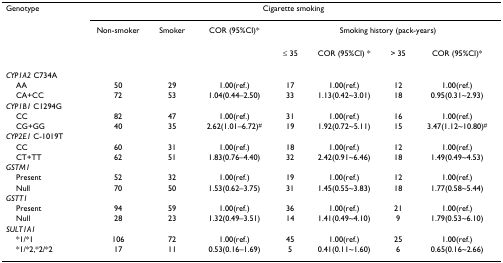
<table><thead><tr><td><b>Genotype</b></td><td colspan="7"><b>Cigarette smoking</b></td></tr><tr><td></td><td><b>Non-smoker</b></td><td><b>Smoker</b></td><td><b>COR (95%CI)*</b></td><td colspan="4"><b>Smoking history (pack-years)</b></td></tr><tr><td></td><td></td><td></td><td></td><td><b>≤ 35</b></td><td><b>COR (95%CI) *</b></td><td><b>&gt; 35</b></td><td><b>COR (95%CI)*</b></td></tr></thead><tbody><tr><td><i>CYP1A2 </i>C734A</td><td></td><td></td><td></td><td></td><td></td><td></td><td></td></tr><tr><td> AA</td><td>50</td><td>29</td><td>1.00(ref.)</td><td>17</td><td>1.00(ref.)</td><td>12</td><td>1.00(ref.)</td></tr><tr><td> CA+CC</td><td>72</td><td>53</td><td>1.04(0.44–2.50)</td><td>33</td><td>1.13(0.42~3.01)</td><td>18</td><td>0.95(0.31~2.93)</td></tr><tr><td><i>CYP1B1 </i>C1294G</td><td></td><td></td><td></td><td></td><td></td><td></td><td></td></tr><tr><td> CC</td><td>82</td><td>47</td><td>1.00(ref.)</td><td>31</td><td>1.00(ref.)</td><td>16</td><td>1.00(ref.)</td></tr><tr><td> CG+GG</td><td>40</td><td>35</td><td>2.62(1.01–6.72)<sup>#</sup></td><td>19</td><td>1.92(0.72~5.11)</td><td>15</td><td>3.47(1.12~10.80)<sup>#</sup></td></tr><tr><td><i>CYP2E1 </i>C-1019T</td><td></td><td></td><td></td><td></td><td></td><td></td><td></td></tr><tr><td> CC</td><td>60</td><td>31</td><td>1.00(ref.)</td><td>18</td><td>1.00(ref.)</td><td>12</td><td>1.00(ref.)</td></tr><tr><td> CT+TT</td><td>62</td><td>51</td><td>1.83(0.76–4.40)</td><td>32</td><td>2.42(0.91~6.46)</td><td>18</td><td>1.49(0.49~4.53)</td></tr><tr><td><i>GSTM1</i></td><td></td><td></td><td></td><td></td><td></td><td></td><td></td></tr><tr><td> Present</td><td>52</td><td>32</td><td>1.00(ref.)</td><td>19</td><td>1.00(ref.)</td><td>12</td><td>1.00(ref.)</td></tr><tr><td> Null</td><td>70</td><td>50</td><td>1.53(0.62–3.75)</td><td>31</td><td>1.45(0.55~3.83)</td><td>18</td><td>1.77(0.58~5.44)</td></tr><tr><td><i>GSTT1</i></td><td></td><td></td><td></td><td></td><td></td><td></td><td></td></tr><tr><td> Present</td><td>94</td><td>59</td><td>1.00(ref.)</td><td>36</td><td>1.00(ref.)</td><td>21</td><td>1.00(ref.)</td></tr><tr><td> Null</td><td>28</td><td>23</td><td>1.32(0.49–3.51)</td><td>14</td><td>1.41(0.49~4.10)</td><td>9</td><td>1.79(0.53~6.10)</td></tr><tr><td><i>SULT1A1</i></td><td></td><td></td><td></td><td></td><td></td><td></td><td></td></tr><tr><td> *1/*1</td><td>106</td><td>72</td><td>1.00(ref.)</td><td>45</td><td>1.00(ref.)</td><td>25</td><td>1.00(ref.)</td></tr><tr><td> *1/*2,*2/*2</td><td>17</td><td>11</td><td>0.53(0.16–1.69)</td><td>5</td><td>0.41(0.11~1.60)</td><td>6</td><td>0.65(0.16~2.66)</td></tr></tbody></table>